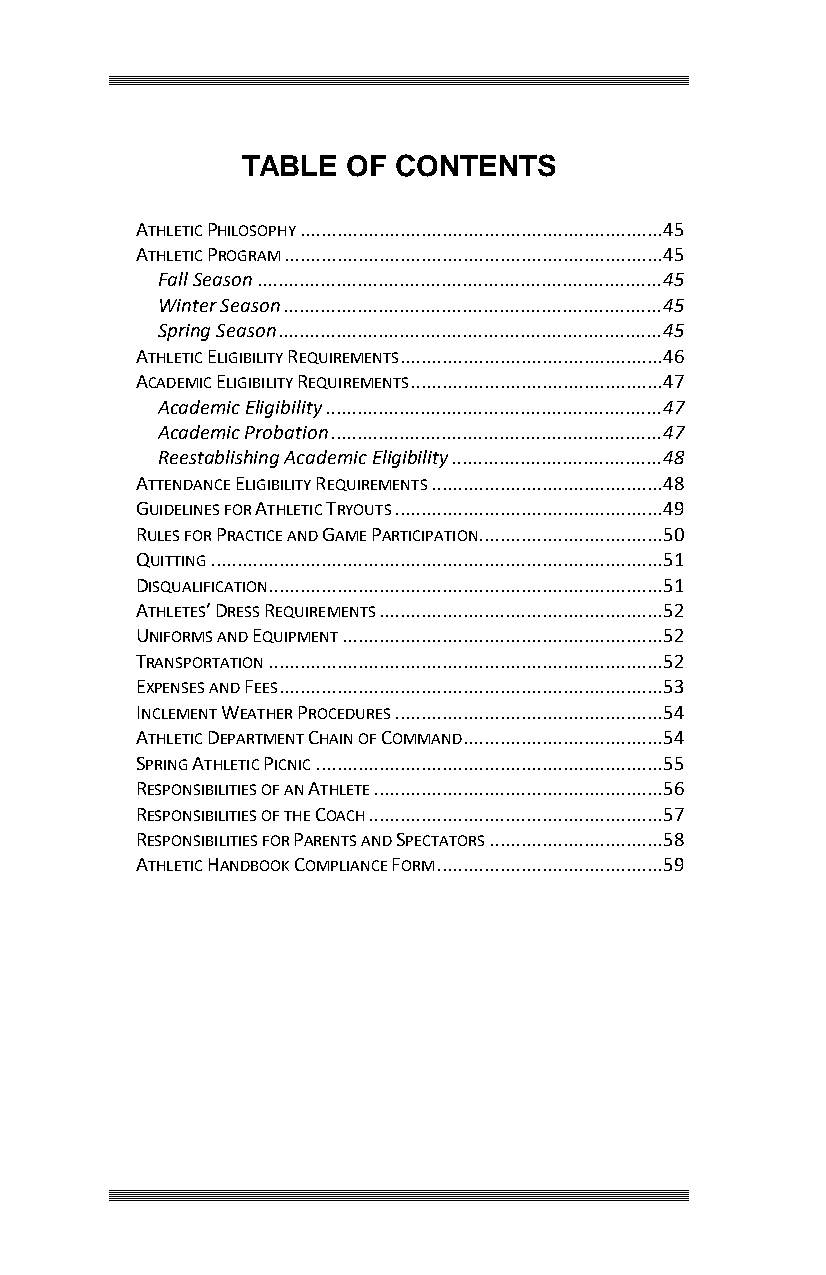
TABLE  OF CONTENTS
 ATHLETIC PHILOSOPHY ..................................................................... 45
 ATHLETIC PROGRAM ........................................................................ 45
 Fall Season ............................................................................. 45
 Winter Season ........................................................................ 45
 Spring Season ......................................................................... 45
 ATHLETIC ELIGIBILITY REQUIREMENTS .................................................. 46
 ACADEMIC ELIGIBILITY REQUIREMENTS ................................................ 47
 Academic Eligibility ................................................................ 47
 Academic Probation ............................................................... 47
 Reestablishing Academic Eligibility ........................................ 48
 ATTENDANCE ELIGIBILITY REQUIREMENTS ............................................ 48
 GUIDELINES FOR ATHLETIC TRYOUTS ................................................... 49
 RULES FOR PRACTICE AND GAME PARTICIPATION ................................... 50
 QUITTING ...................................................................................... 51
 DISQUALIFICATION ........................................................................... 51
 ATHLETES’ DRESS REQUIREMENTS ...................................................... 52
 UNIFORMS AND EQUIPMENT ............................................................. 52
 TRANSPORTATION ........................................................................... 52
 EXPENSES AND FEES ......................................................................... 53
 INCLEMENT WEATHER PROCEDURES ................................................... 54
 ATHLETIC DEPARTMENT CHAIN OF COMMAND ...................................... 54
 SPRING ATHLETIC PICNIC .................................................................. 55
 RESPONSIBILITIES OF AN ATHLETE ....................................................... 56
 RESPONSIBILITIES OF THE COACH ........................................................ 57
 RESPONSIBILITIES FOR PARENTS AND SPECTATORS ................................. 58
 ATHLETIC HANDBOOK COMPLIANCE FORM ........................................... 59